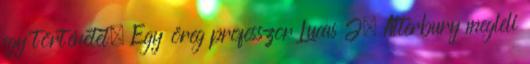
egy történetet. Egy öreg professzor Lucas J. Atterbury megleli